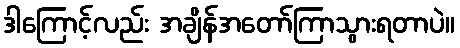
ဒါကြောင့်လည်း အချိန်အတော်ကြာသွားရတာပဲ။